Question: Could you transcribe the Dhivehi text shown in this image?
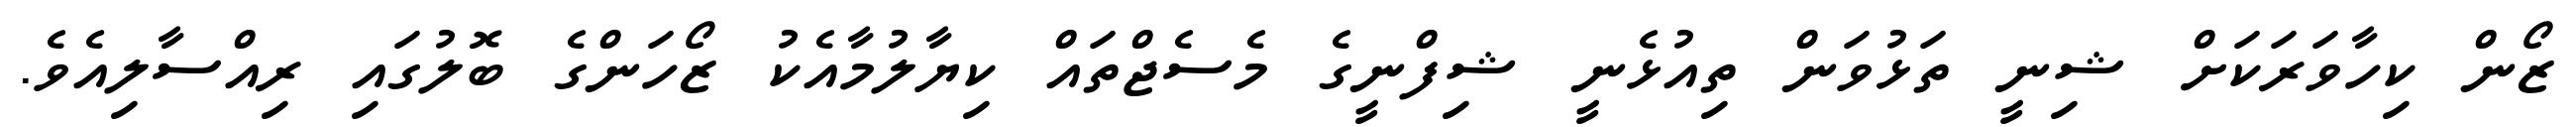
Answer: ޒޯން ކިހާވަރަކަށް ޝިނީ ތަޅުވަން ތިއުޅެނީ ޝިފްނީގެ މެސެޖްތައް ކިޔާލުމާއެކު ޒޯހަންގެ ބޮލުގައި ރިއްސާލިއެވެ.